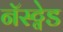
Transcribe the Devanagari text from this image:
नॅस्ट्वेड